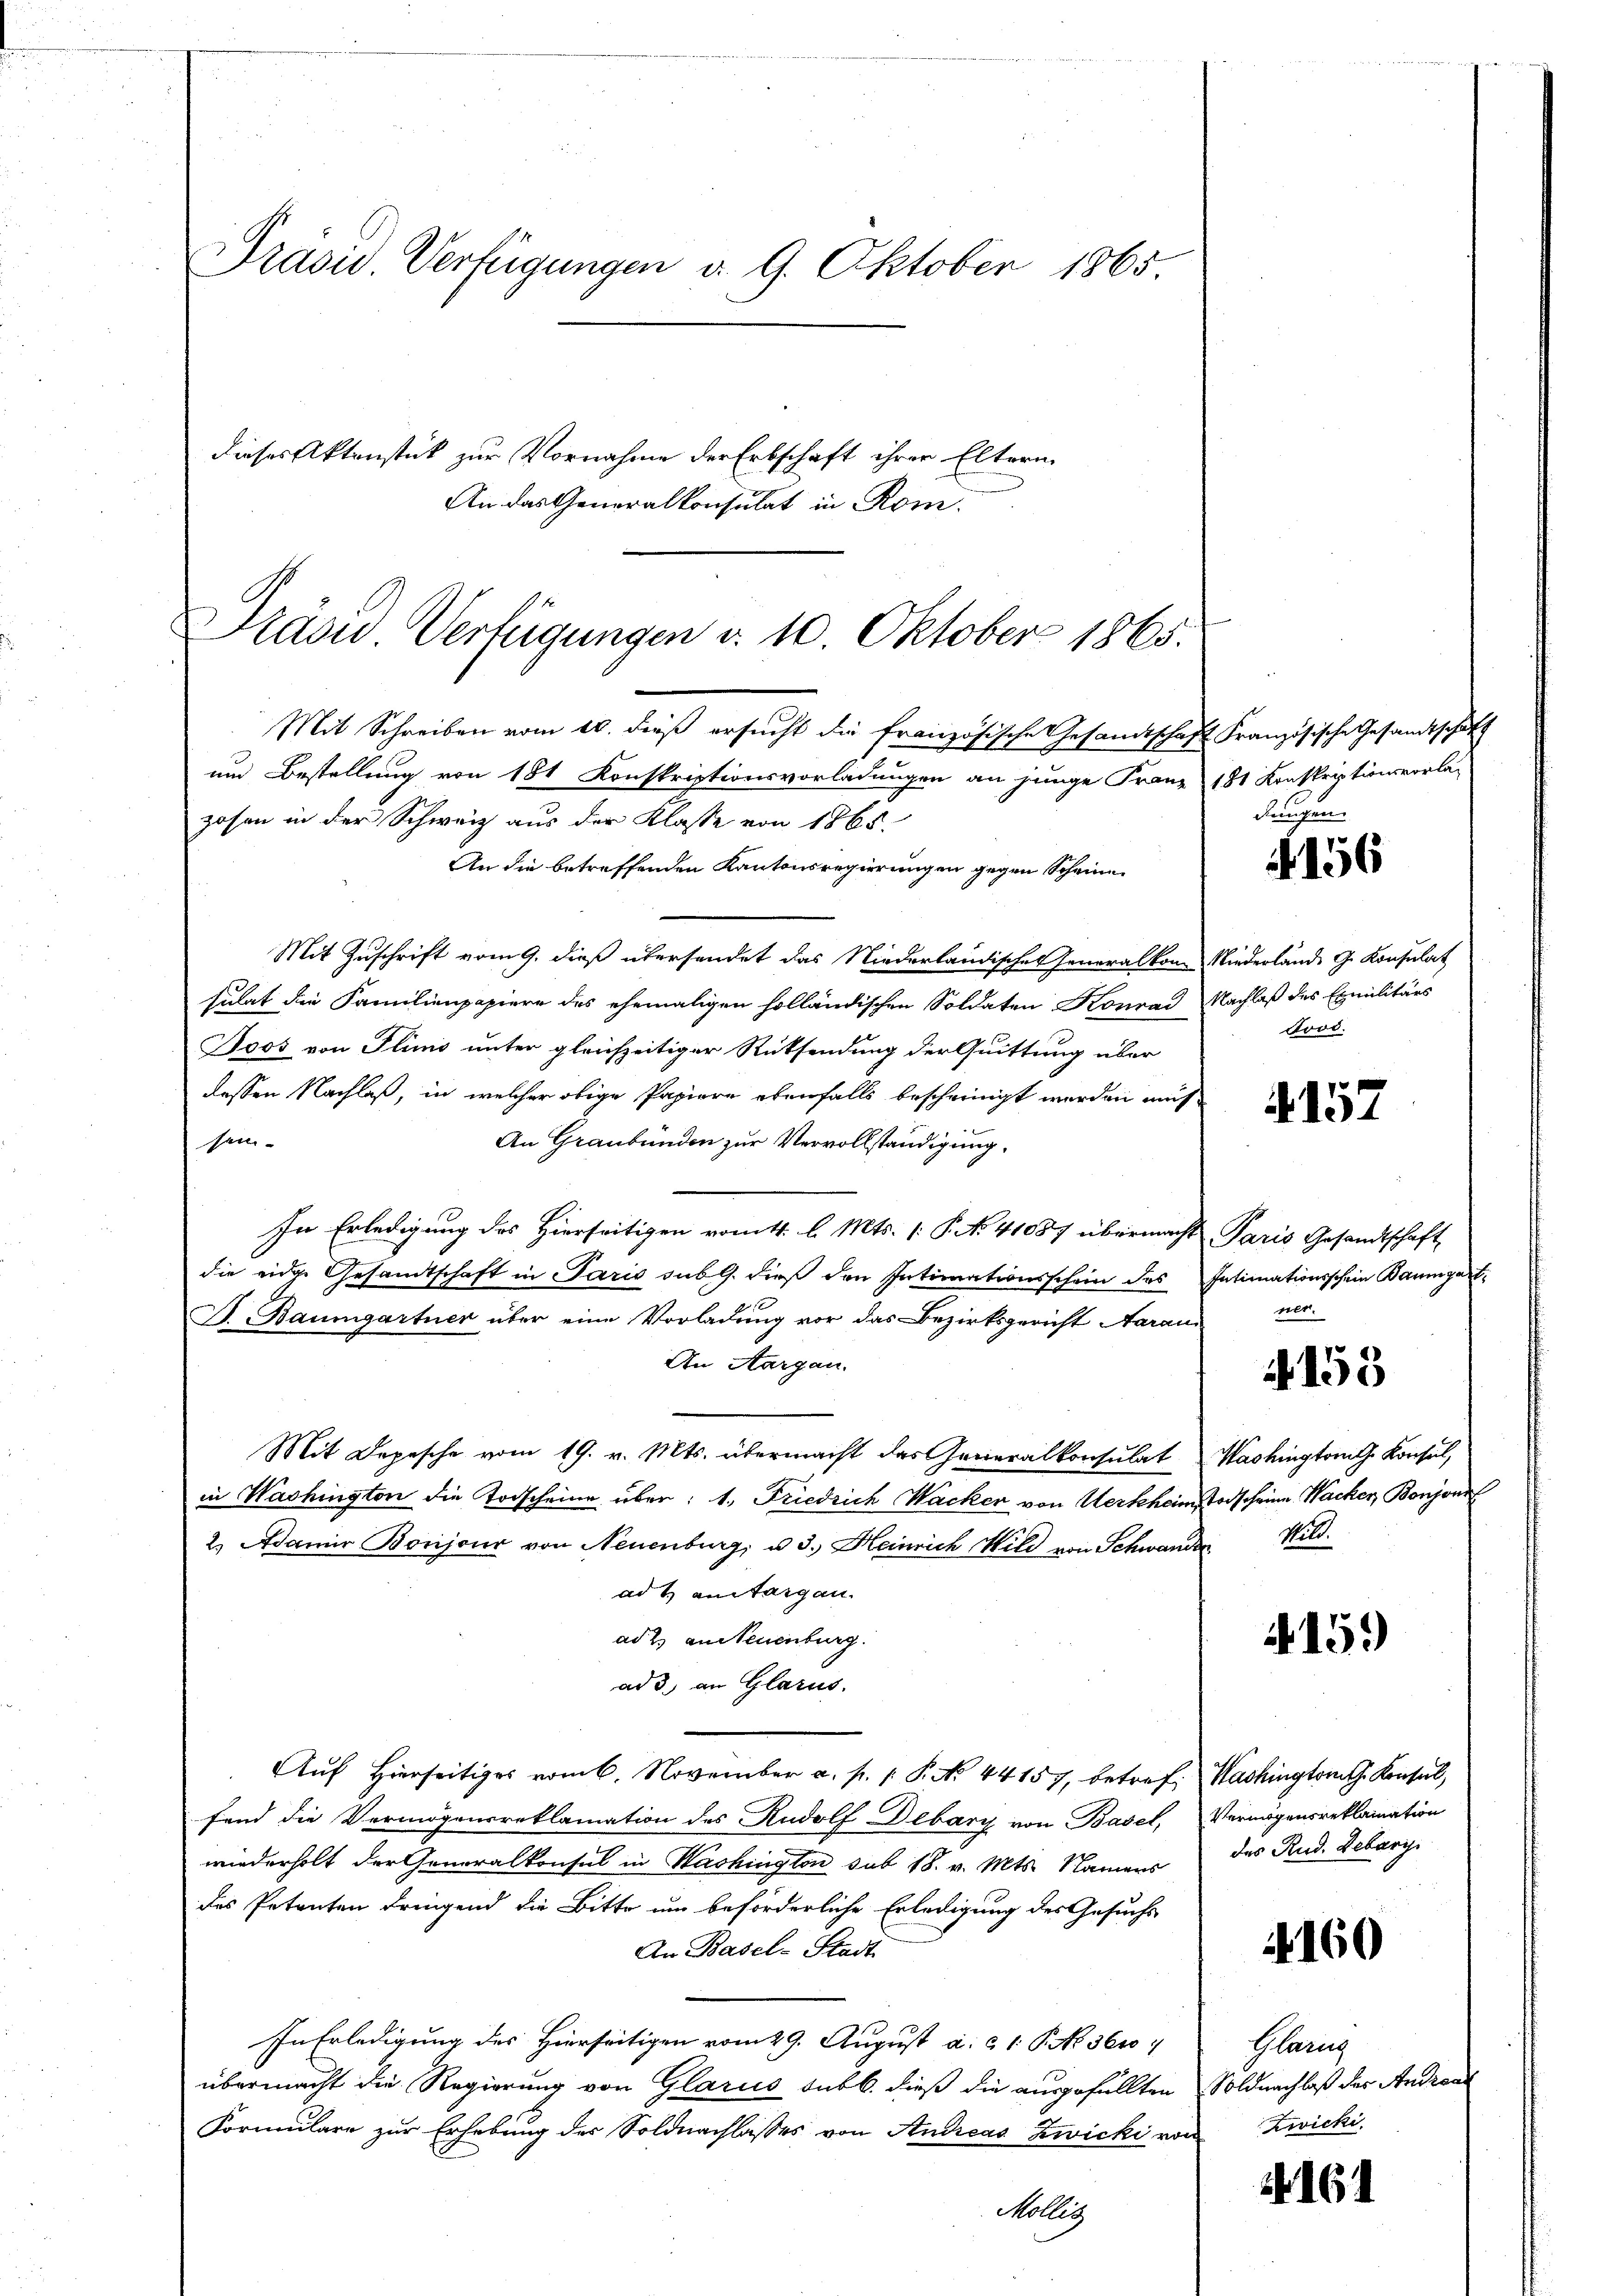
Präsid. Verfügungen d. 9. Oktober 1865
dieses Aktenstück zur Vornahme der Erbschaft ihrer Eltern
An das Generalkonsulat in Rom.

Präsid Verfügungen d. 10. Oktober 1865.

Mit Schreiben vom 20. dieß ersucht die französische Gesandtschaft Französische Gesandtschaft
und Bestellung von 181 Konskriptionsvorladungen an junge Franz 181 Konskriptionsvorla-
zosen in der Schweiz aus der Klasse von 1865.
An die betreffenden Kantonsregierungen gegen Scheine
Mit Zuschrift vom 9. dieß übersendet das Niederländisches Generalkon Niederlände G. Konsulat
sulat die Familienpapiere des ehemaligen holländischen Soldaten Konrad Nachlaß des Exmilitärs
Joos von Flims unter gleichzeitiger Rücksendung der Quittung über
dessen Nachlaß, in welcher obige Papiere ebenfalls bescheinigt werden mus
An Graubünden zur Vervollständigung.
sei-
In Erledigung des Hierseitigen vom 4. l. Mts. (: P. No. 41087 übermacht Paris Gesandtschaft
die eidge Gesandtschaft in Paris sub 9. dieß den Intimationsschein des Intimationsschein Baumgart,
B. Baumgartner über eine Vorladung vor das Bezirksgericht Aarau
An Aargau.
Mit Depesche vom 19. v. Mts. übermacht das Generalkonsulat Washington Konsul,
in Washington die Todscheine über: 1. Friedrich Wacker von Werkheim Todscheine Wacker, Bonzon
2. Adamer Bonijour von Neuenburg, u. 3. Heinrich Wild von Schwander Wild.
ad 4 an Sargau.
ad 2. an Neuenburg.
ad 3. an Glarus.
Auf hierseitiges vom 6. November a. p. 1. P. No. 44157, betref. Washington Konsul
fend die Vermögensreklamation des Rudolf Debary von Basel, Vermögensreklamation
wiederholt der Generalkonsul in Washington sub 18. v. Mts. Namens
des Petenten dringend die Bitte um beförderliche Erledigung des Gesuchs
An Basel-Stadt.
In Erledigung des Hierseitigen vom 29. August a. c. 1 S. No. 3610
übermacht die Regierung von Glarus sub b. dieß die ausgefüllten Soldnachlaß des Androar
Formulare zur Erhebung der Soldnachlasses von Andreas Zwicki von Zwicki
Kolleg

dengen.

4156

Lood.

4157

ner.

4153

N. 159

des Rud. Bebarg

4160

Glarus

161